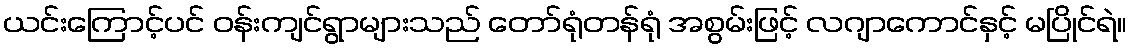
ယင်းကြောင့်ပင် ဝန်းကျင်ရွာများသည် တော်ရုံတန်ရုံ အစွမ်းဖြင့် လဂျာကောင်နှင့် မပြိုင်ရဲ။